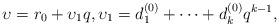
LaTeX: \begin{align*}\upsilon= r_0+ \upsilon_1 q , \upsilon_1=d^{(0)}_1+ \cdots+ d^{(0)}_k q^{k-1},\end{align*}